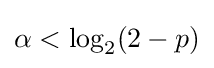
\alpha <\log _{2}(2-p)